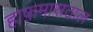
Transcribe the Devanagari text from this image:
हाफ़मासठाल